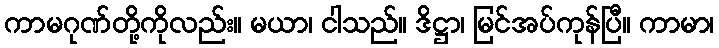
ကာမဂုဏ်တို့ကိုလည်း။ မယာ၊ ငါသည်။ ဒိဋ္ဌာ၊ မြင်အပ်ကုန်ပြီ။ ကာမာ၊